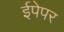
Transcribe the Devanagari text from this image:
ईपेपर